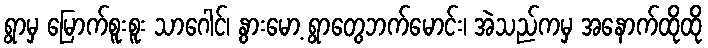
ရွာမှ မြောက်စူးစူး သာဂေါင်၊ နွားမော့ ရွာတွေဘက်မောင်း၊ အဲသည်ကမှ အနောက်ထိုထို